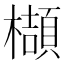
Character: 𬅁